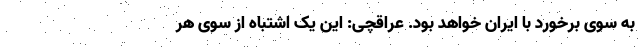
به سوی برخورد با ایران خواهد بود. عراقچی: این یک اشتباه از سوی هر